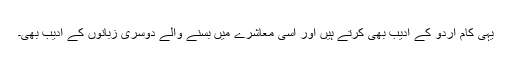
یہی کام اردو کے ادیب بھی کرتے ہیں اور اسی معاشرے میں بسنے والے دوسری زبانوں کے ادیب بھی۔